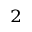
{ ^ 2 }